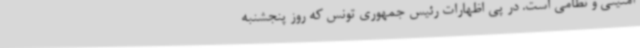
امنیتی و نظامی است. در پی اظهارات رئیس جمهوری تونس که روز پنجشنبه